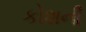
કોશની